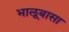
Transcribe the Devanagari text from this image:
भालूबासा